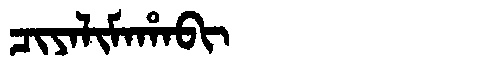
Manchu: ᠴᡳᠶᠠᠯᡳᠮᠠᡥᠠᠪᡳ
Romanization: CIYALIMAHABI